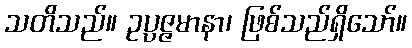
သတိသည်။ ဥပ္ပဇ္ဇမာနာ၊ ဖြစ်သည်ရှိသော်။